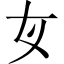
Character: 𡚦